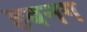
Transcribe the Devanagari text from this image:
हबनग